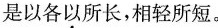
是以各以所长，相轻所短。